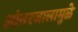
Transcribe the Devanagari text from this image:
आंतरजालामुळे